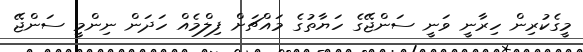
މީގެކުރިން ހިރާނީ ވަނީ ސަންޖޭގެ ހަޔާތުގެ މައްޗަށް ފިލްމެއް ހަދަން ނިންމީ ސަންޖޭ